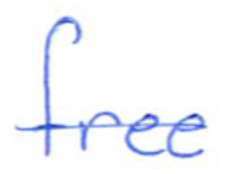
Text: free
Cross-out: mix
Writing tool: ballpoint